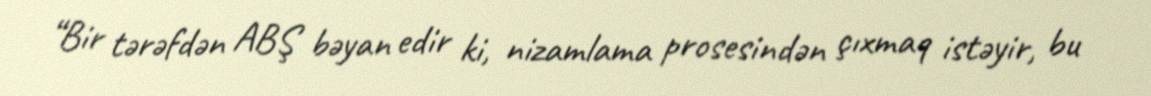
“Bir tərəfdən ABŞ bəyan edir ki, nizamlama prosesindən çıxmaq istəyir, bu